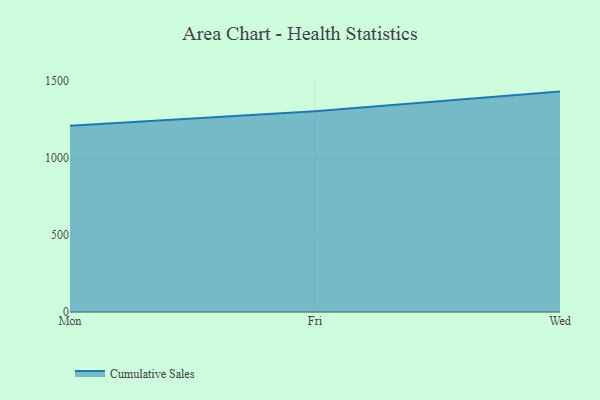
{"axis": {"x": "Day", "y": "Production Output"}, "legend": ["Cumulative Sales"], "data": [{"x": "Mon", "y": 1206.7, "type": "Cumulative Sales"}, {"x": "Fri", "y": 1301.2, "type": "Cumulative Sales"}, {"x": "Wed", "y": 1428.6, "type": "Cumulative Sales"}]}